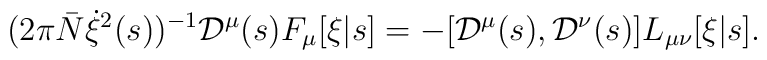
(2 \pi {\bar N} \dot{\xi}^2(s))^{-1} {\cal D}^\mu(s) F_\mu[\xi|s]   = - [{\cal D}^\mu(s), {\cal D}^\nu(s)] L_{\mu\nu}[\xi|s].